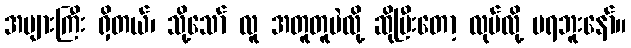
အများကြီး ရှိတယ်၊ သို့သော် လူ အတူတူပဲလို့ ဆိုပြီးတော့ လုပ်လို့ မရဘူးနော်။